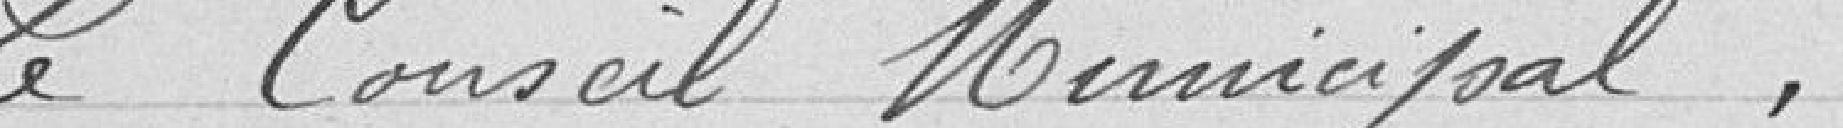
Le Conseil Municipal,